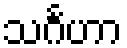
သင်္ဂဟာ